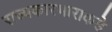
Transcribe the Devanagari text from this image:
राज्यकारभाराकडे